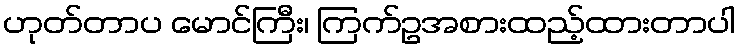
ဟုတ်တာပ မောင်ကြီး၊ ကြက်ဥအစားထည့်ထားတာပါ